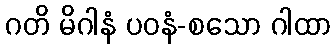
ဂတိ မိဂါနံ ပဝနံ-စသော ဂါထာ